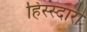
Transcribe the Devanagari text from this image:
हिस्स्दारी